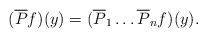
LaTeX: \begin{align*}(\overline{P}f)(y)=(\overline{P}_1\ldots \overline{P}_nf)(y).\end{align*}